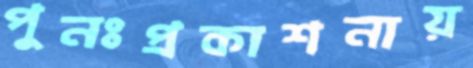
পুনঃপ্রকাশনায়